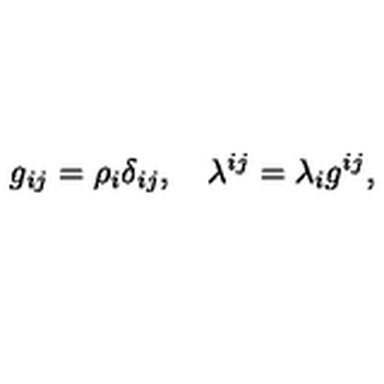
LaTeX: g _ { i j } = \rho _ { i } \delta _ { i j } , \quad \lambda ^ { i j } = \lambda _ { i } g ^ { i j } ,